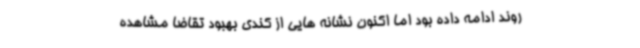
روند ادامه داده بود اما اکنون نشانه هایی از کندی بهبود تقاضا مشاهده